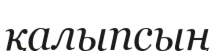
қалыпсың